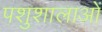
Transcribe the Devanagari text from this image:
पशुशालाओं